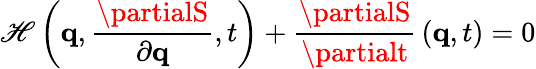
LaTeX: \mathscr{H}\left(\mathbf{{q}},{\frac{{\partialS}}{{\partial\mathbf{{q}}}}},t\right)+{\frac{{\partialS}}{{\partialt}}}\left(\mathbf{{q}},t\right)=0